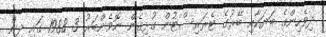
ދިވެހިންގެ ބަޔަކާއި ބޭރުގެ ޓެރަރިސްޓުން ގުޅިގެން ނޮވެންބަރު 3 1988 ގައި ދިން